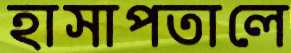
হাসাপতালে